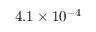
4 . 1 \times 1 0 ^ { - 4 }